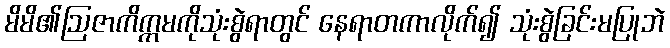
မိမိ၏ဩဇာကိက္ကမကိုသုံးစွဲရာတွင် နေရာတကာလိုက်၍ သုံးစွဲခြင်းမပြုဘဲ